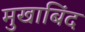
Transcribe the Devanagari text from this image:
मुखाबिंद